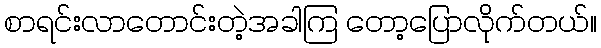
စာရင်းလာတောင်းတဲ့အခါကြ တော့ပြောလိုက်တယ်။